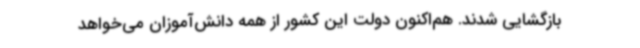
بازگشایی شدند. هم‌اکنون دولت این کشور از همه دانش‌آموزان می‌خواهد